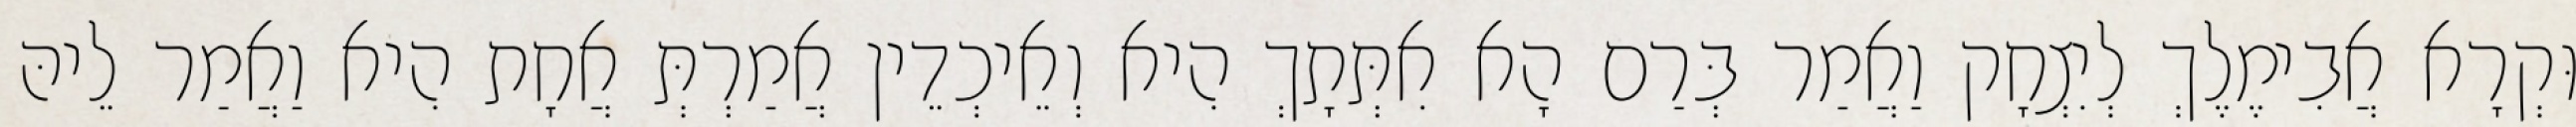
וּקְרָא אֲבִימֶלֶךְ לְיִצְחָק וַאֲמַר בְּרַם הָא אִתְּתָךְ הִיא וְאֵיכְדֵין אֲמַרְתְּ אֲחָת הִיא וַאֲמַר לֵיהּ